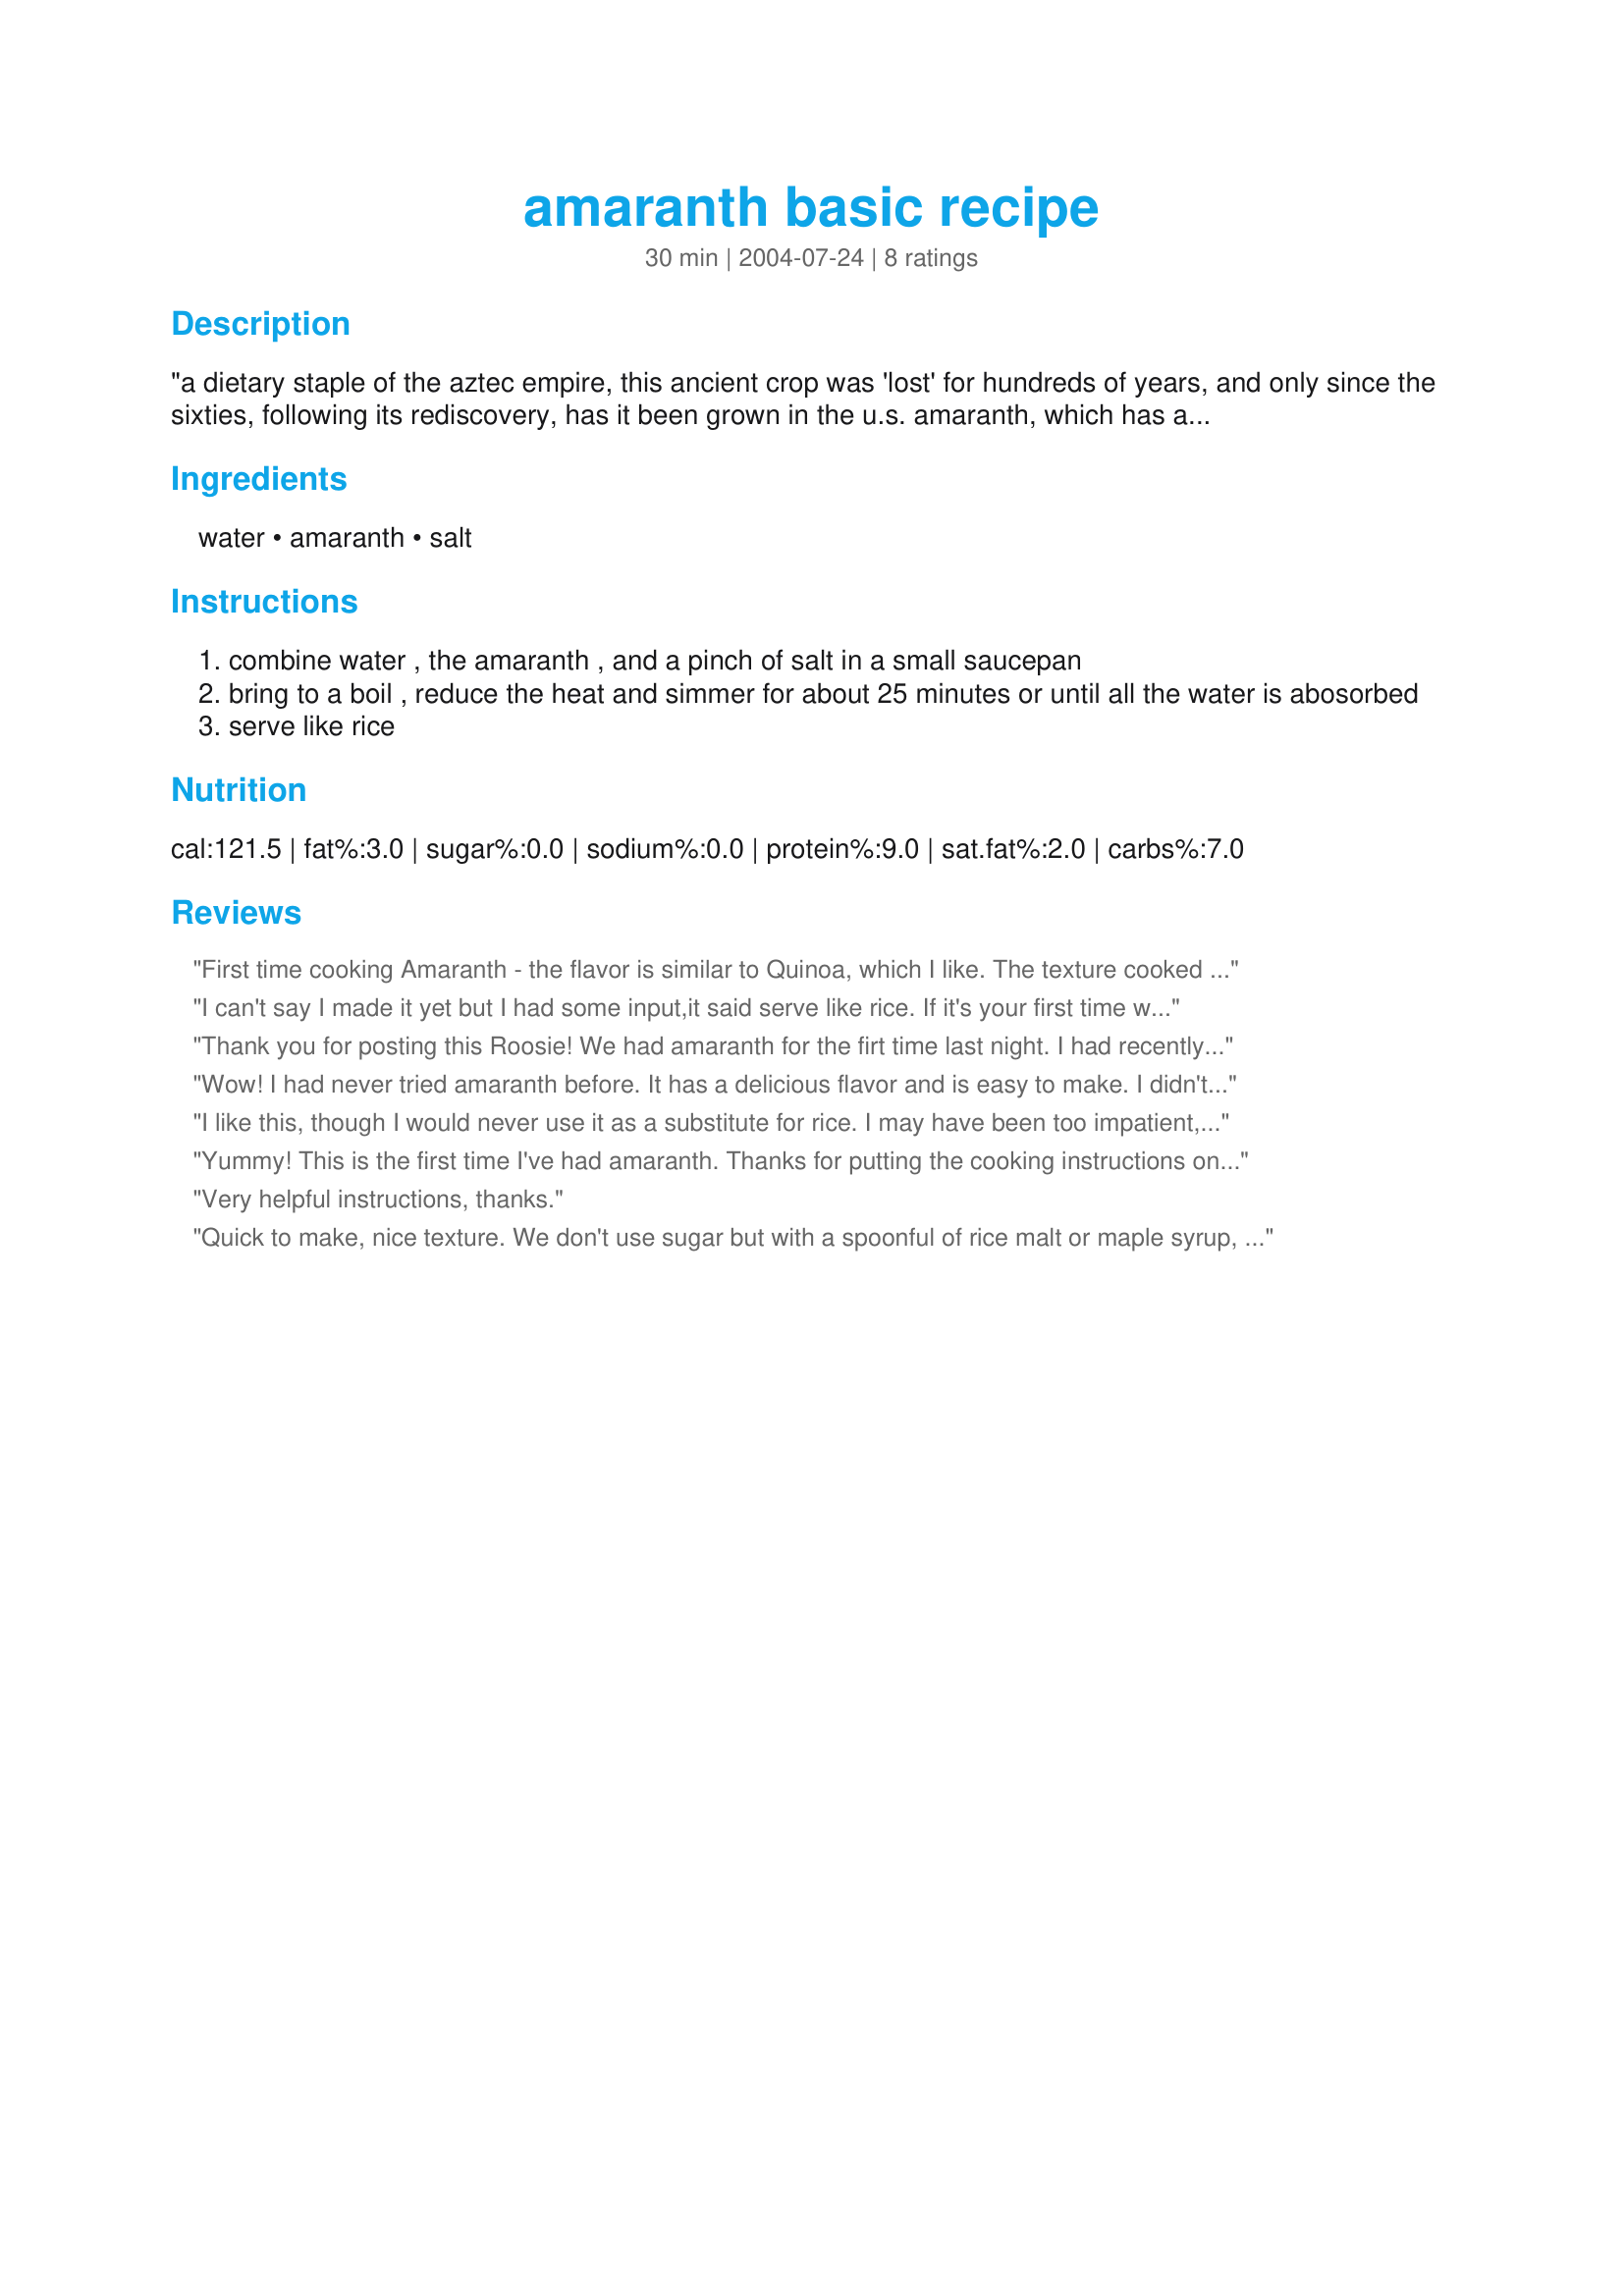
amaranth basic recipe
Preparation time: 30 minutes

"a dietary staple of the aztec empire, this ancient crop was 'lost' for hundreds of years, and only since the sixties, following its rediscovery, has it been grown in the u.s. amaranth, which has a pronounced earthy sweetness, is not a true grain, which is a nutritional plus: unlike wheat or barley, amaranth is not deficient in the essential amino acid lysine. these tiny seeds of a weed-like plant are also a very rich source of iron, and supply copper and magnesium. and amaranth is well supplied with dietary fiber." info from www.wholehealthmd.com; recipe from "vegetarian cooking for everyone" by deborah madison.

Ingredients:
water, amaranth, salt

Steps:
combine water , the amaranth , and a pinch of salt in a small saucepan
bring to a boil , reduce the heat and simmer for about 25 minutes or until all the water is abosorbed
serve like rice

Reviews:
First time cooking Amaranth - the flavor is similar to Quinoa, which I like. The texture cooked with this amount of water was interesting, cooked up kinda creamy, but with a little bit of bite in the middle of each tiny grain.
I can't say I made it yet but I had some input,it said serve like rice. If it's your first time with this grain you can try mixing it with brown rice aft it's cooked. I. Know how bland brown rice can be but I read you can cook with broths to add flavor. Personally it takes a lot of salt or adobe for me to eat rice lol. Can try serving some chicken over it. I been trying to find gluten recipies.
Thank you for posting this Roosie! We had amaranth for the firt time last night. I had recently read an article about how good amaranth is for you when I saw your recipe. I agree with the other rater that this would make a fab breakfast cereal or maybe a dessert. The cooking time was perfect. I am so happy to know how to cook this and will make it again.
Wow! I had never tried amaranth before. It has a delicious flavor and is easy to make. I didn't add any salt, and ate it warm with a bit of honey stirred in. I think it would be fabulous in a pudding (like tapioca or rice).
I like this, though I would never use it as a substitute for rice. I may have been too impatient, but mine resulted in a sort of thick gruel. To me, it was most similar to hominy grits, so I ate it like grits, with salt, pepper and butter. Thank you for giving me an idea of what to do with the bag of amaranth I purchased by mistake.
Yummy! This is the first time I've had amaranth. Thanks for putting the cooking instructions on here. I made it just as you said and now I want to try adding some different things next time. Cardamom, cinnamon,raisins, dates and use it as a breakfast cereal. Thanks again.
Very helpful instructions, thanks.
Quick to make, nice texture. We don't use sugar but with a spoonful of rice malt or maple syrup, it was great.
